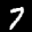
Label: 7